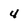
Character: 4